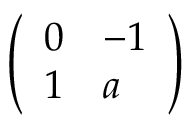
\left( \begin{array} { l l } { 0 } & { - 1 } \\ { 1 } & { a } \end{array} \right)